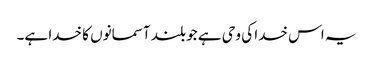
یہ اس خدا کی وحی ہے جو بلند آسمانوں کا خدا ہے۔